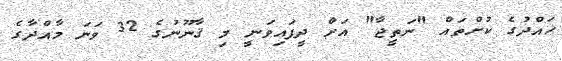
ޙައްދުގެ ކުށްތައް "ނަތީޖާ" އަށް ދީފައިވަނީ މި ޤާނޫނުގެ 32 ވަނަ މާއްދާގެ